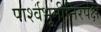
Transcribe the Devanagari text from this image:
पार्श्वभूमीनिरपेक्ष